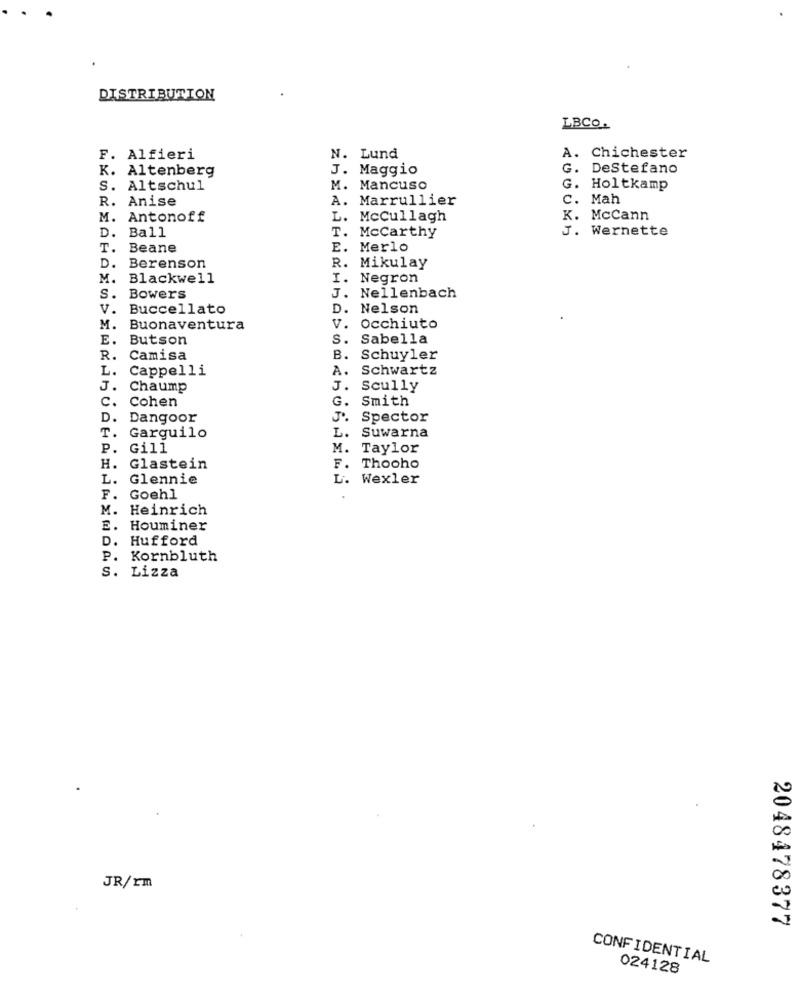
DISTRIBUTION
LBCO.
F. Alfieri
N. Lund
A. Chichester
K. Altenberg
J. Maggio
G. DeStefano
S. Altschul
M. Mancuso
G. Holtkamp
R. Anise
Marrullier
. Mah
M. Antonoff
L.
McCullagh
K. McCann
. Ball
T. Mccarthy
J.
Wernette
T.
Beane
Merlo
D.
Berenson
R.
Mikulay
M.
Blackwell
I.
Negron
S.
Bowers
J. Nellenbach
V. Buccellato
D.
Nelson
M. Buonaventura
v. Occhiuto
E. Butson
S. Sabella
R. Camisa
B. Schuyler
L.
Cappelli
A.
Schwartz
J.
Chaump
J.
Scully
C.
Cohen
G.
Smith
D.
Dangoor
Spector
Garquilo
L. Suwarna
P. Gill
M. Taylor
H. Glastein
F. Thooho
L.
Glennie
L. Wexler
F.
Goehl
M.
Heinrich
E. Houminer
D. Hufford
P. Kornbluth
S. Lizza
JR/rm
2048478377
CONFIDENTIAL
024128